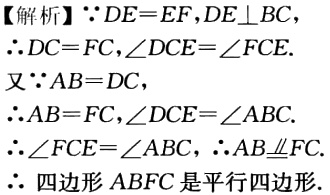
【解析】$\because DE = EF,DE\perp BC,$
$\therefore DC = FC,\angle DCE=\angle FCE.$
又$\because AB = DC,$
$\therefore AB = FC,\angle DCE=\angle ABC.$
$\therefore \angle FCE=\angle ABC,\therefore AB\underline{\underline{\parallel}}FC.$
$\therefore$ 四边形$ABFC$是平行四边形.